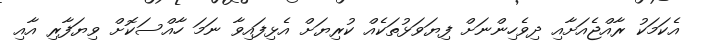
އެކަމަކު ރާއްޖެއަށާއި ދިވެހިންނަށް ފިޔަވަޅުތަކެއް ކުރިޔަށް އެޅިފައިވާ ނަމަ ހާއްސަކޮށް ވިޔަފާރި އާއި